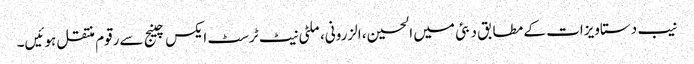
نیب دستاویزات کے مطابق دبئی میں الحسین، الزرونی، ملٹی نیٹ ٹرسٹ ایکس چینج سےرقوم منتقل ہوئیں۔